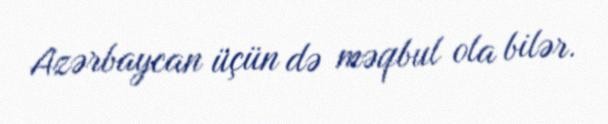
Azərbaycan üçün də məqbul ola bilər.